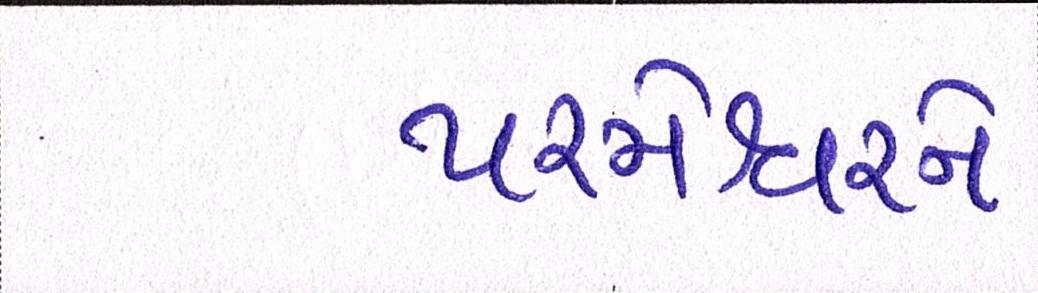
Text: પરમેશ્વરને